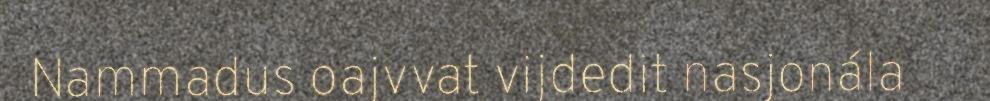
Nammadus oajvvat vijdedit nasjonála